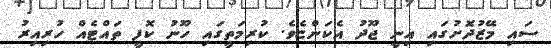
ސައި މޭޒުދޮށުގައި އިނީ ޖޫދު އެކަންޏެވެ. ކުރިމަތީގައި ހޫނު ކޮފީ ތައްޓެއް ހުރިއިރު